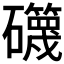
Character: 𥗥